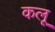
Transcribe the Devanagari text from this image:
कलू